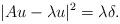
LaTeX: \begin{align*}|Au-\lambda u|^2=\lambda \delta.\end{align*}